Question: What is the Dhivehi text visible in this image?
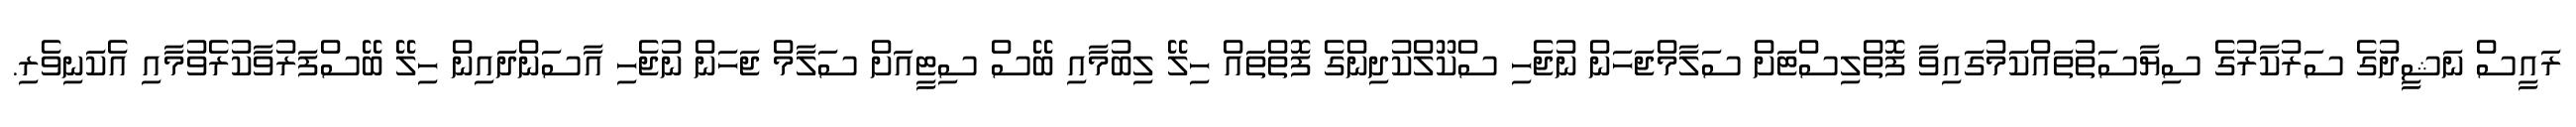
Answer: ރައީސް ނަޝީދުގެ ސަރުކާރުގެ ސިޔާސަތުތައްކަމުގައިވާ ފޮތްލިސްޓަށް ސަލާމްޖަހަން ނުޖެހި ސްކޫލްކުދިންގެ ފޮތްތައް ހިލޭ ލިބުމާއި ބޭސް ސިޓީއަށް ސަލާމް ޖަހަން ނުޖެހި އާސަންދައިން ހިލޭ ބޭސްފަރުވާކުރެވުމާއި އެކަނިވެރި.